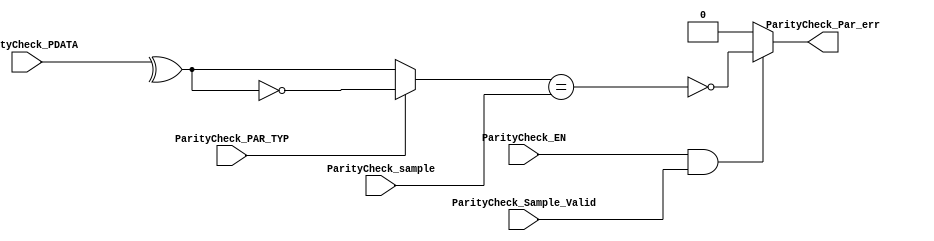
// TYPE: module
// DEPARTMENT: communication and electronics department
// AUTHOR EMAIL: mina.hannaone@gmail.com
//------------------------------------------------
// Release history
// VERSION DATE AUTHOR DESCRIPTION
// 1.0 20/7/2022 Mina Hanna final version
//------------------------------------------------
// KEYWORDS: [parity check, odd even parity
//------------------------------------------------
// PURPOSE: \checking that the data received correctly by parity\
module Parity_Check #(parameter WIDTH = 8)(
  input    wire    [WIDTH-1:0]    ParityCheck_PDATA,
  input    wire                   ParityCheck_EN,
  input    wire                   ParityCheck_PAR_TYP,
  input    wire                   ParityCheck_sample,
  input    wire                   ParityCheck_Sample_Valid,
  output   reg                    ParityCheck_Par_err);
  
  reg    Parity_logic;
  reg    Parity;
  /////////////////Parity check combinational logic///////////////
  always@(*)
  begin
    if(ParityCheck_EN & ParityCheck_Sample_Valid )
      begin
        Parity_logic =^(ParityCheck_PDATA);
        if(ParityCheck_PAR_TYP)
          begin
           Parity = ~(Parity_logic);
          end
        else
          begin
           Parity = Parity_logic;
          end
        ParityCheck_Par_err = ~(Parity == ParityCheck_sample);
       end
    else
      ParityCheck_Par_err = 1'b0;
  end
endmodule